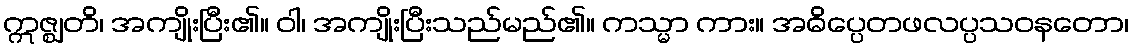
ဣဇ္ဈတိ၊ အကျိုးပြီး၏။ ဝါ၊ အကျိုးပြီးသည်မည်၏။ ကသ္မာ ကား။ အဓိပ္ပေတဖလပ္ပသဝနတော၊